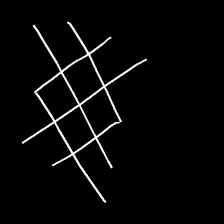
Glyph: crystal